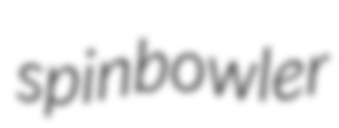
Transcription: spin bowler